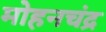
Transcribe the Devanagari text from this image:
मोहनचंद्र